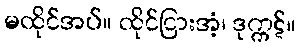
မထိုင်အပ်။ ထိုင်ငြားအံ့၊ ဒုက္ကဋ်။